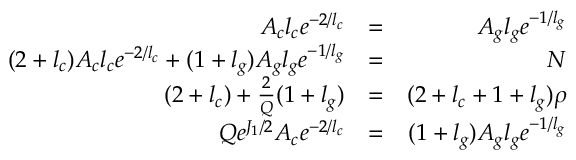
\begin{array} { r l r } { A _ { c } l _ { c } e ^ { - 2 / l _ { c } } } & { = } & { A _ { g } l _ { g } e ^ { - 1 / l _ { g } } } \\ { ( 2 + l _ { c } ) A _ { c } l _ { c } e ^ { - 2 / l _ { c } } + ( 1 + l _ { g } ) A _ { g } l _ { g } e ^ { - 1 / l _ { g } } } & { = } & { N } \\ { ( 2 + l _ { c } ) + \frac { 2 } { Q } ( 1 + l _ { g } ) } & { = } & { ( 2 + l _ { c } + 1 + l _ { g } ) \rho } \\ { Q e ^ { J _ { 1 } / 2 } A _ { c } e ^ { - 2 / l _ { c } } } & { = } & { ( 1 + l _ { g } ) A _ { g } l _ { g } e ^ { - 1 / l _ { g } } } \end{array}